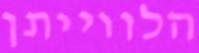
הלווייתן